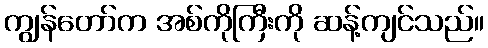
ကျွန်တော်က အစ်ကိုကြီးကို ဆန့်ကျင်သည်။